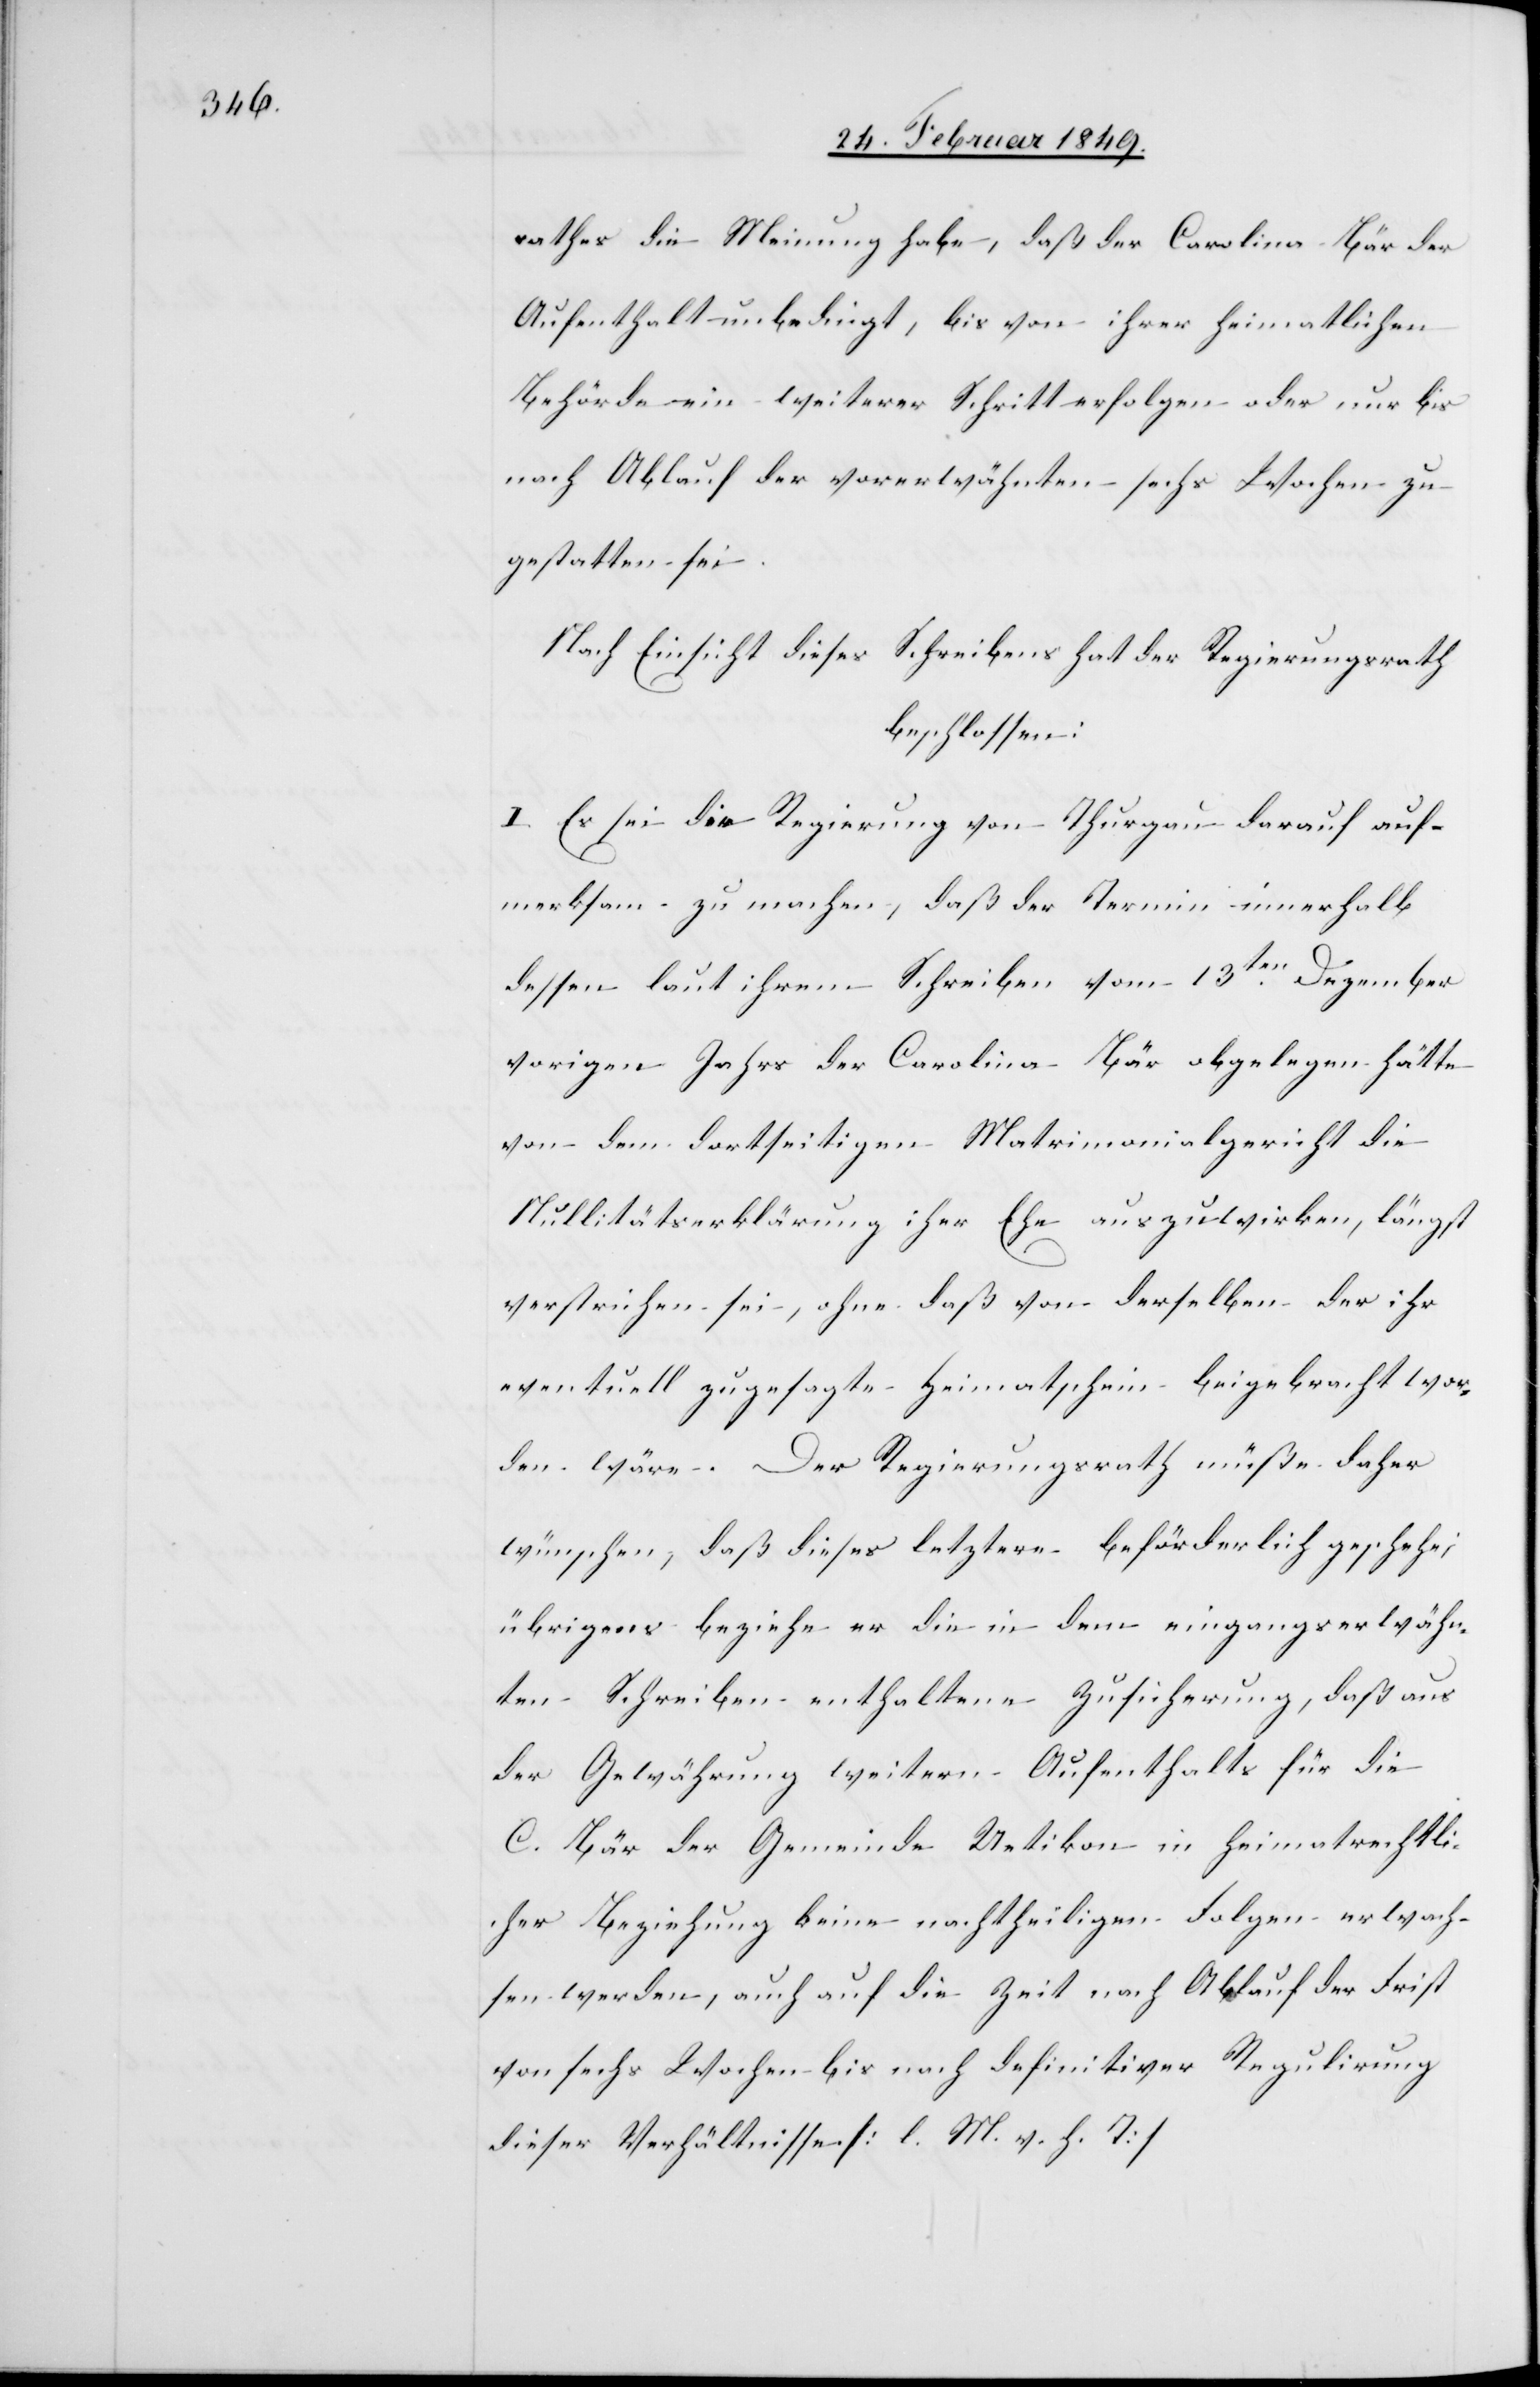
rathes die Meinung habe, daß der Carolina Bär der
Aufenthalt unbedingt, bis von ihrer heimatlichen
Behörde ein weiterer Schritt erfolgen [sic!] oder nur bis
nach Ablauf der vorerwähnten sechs Wochen zu
gestatten sei.
Nach Einsicht dieses Schreibens hat der Regierungsrath
beschlossen:
I. Es sei die Regierung von Thurgau darauf auf¬
merksam zu machen, daß der Termin innerhalb
dessen laut ihrem Schreiben vom 13ten. Dezember
vorigen Jahrs der Carolina Bär obgelegen hätte
von dem dortseitigen Matrimonialgericht die
Nullitätserklärung ihrer Ehe auszuwirken, längst
verstrichen sei, ohne daß von derselben der ihr
eventuell zugesagte Heimatschein beigebracht wor¬
den wäre. Der Regierungsrath müße daher
wünschen, daß dieses letztere beförderlich geschehe;
übrigens beziehe er die in dem eingangs erwähn¬
ten Schreiben enthaltene Zusicherung, daß aus
der Gewährung weitern Aufenthalts für die
C. Bär der Gemeinde Uetikon in heimatrechtli¬
cher Beziehung keine nachtheiligen Folgen erwach¬
sen werden, auch auf die Zeit nach Ablauf der Frist
von sechs Wochen bis nach definitiver Regulirung
dieser Verhältnisse [l. M. v. h. T]